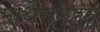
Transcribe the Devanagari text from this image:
माथेरानहून